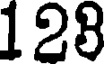
128